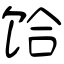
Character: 饸